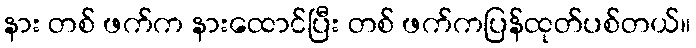
နား တစ် ဖက်က နားထောင်ပြီး တစ် ဖက်ကပြန်ထုတ်ပစ်တယ်။